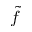
\Tilde { f }